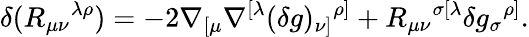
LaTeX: \delta(R_{\mu\nu}{}^{\lambda\rho})=-2\nabla_{[\mu}\nabla^{[\lambda}(\delta g)_{\nu]}{}^{\rho]}+R_{\mu\nu}{}^{\sigma[\lambda}\delta g_{\sigma}{}^{\rho]}{}.